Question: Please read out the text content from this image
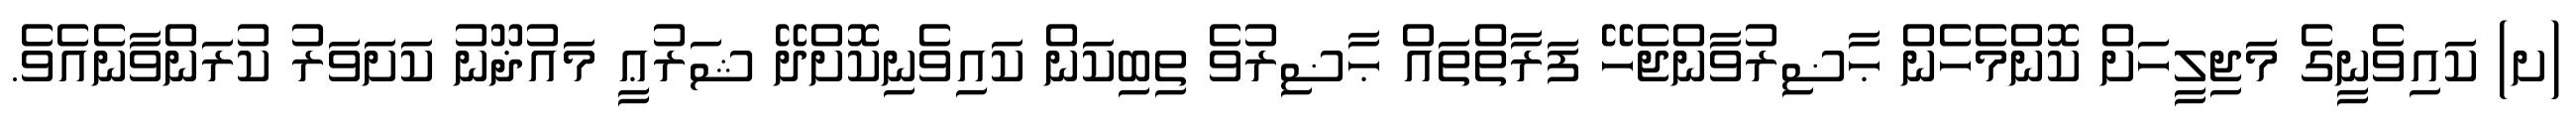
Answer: (ށ) ކައިވެނީގެ މަޖިލީހަށް ކޮންމެހެން ޙާޟިރުވާންޖެހޭ ފަރާތްތައް ޙާޟިރުވެ ތިބިކަން ކައިވެނިކޮށްދޭ ޝަރުޢީ މައުޛޫނު ކަށަވަރު ކުރަންވާނެއެވެ.